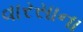
વારસાના